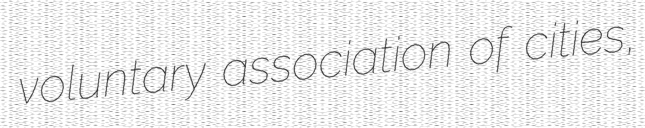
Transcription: voluntary association of cities,